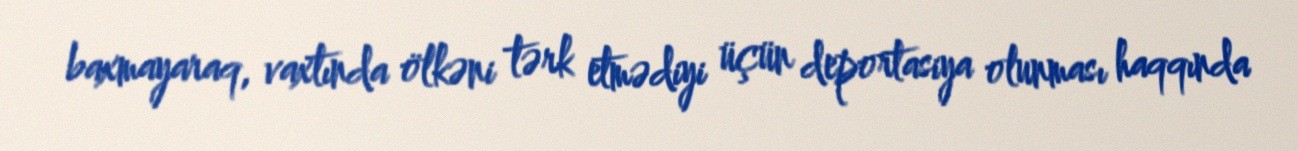
baxmayaraq, vaxtında ölkəni tərk etmədiyi üçün deportasiya olunması haqqında